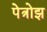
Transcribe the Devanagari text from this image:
पेत्रोझ